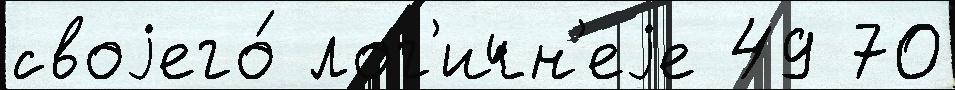
своjего́ лог'ичн'еjе 49 70